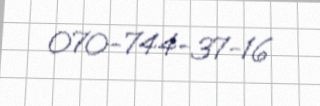
070-744-37-16